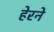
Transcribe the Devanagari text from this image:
हेरने